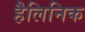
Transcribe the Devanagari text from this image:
हैलिनिक